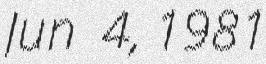
Jun 4, 1981